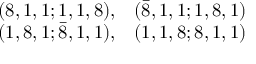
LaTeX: \begin{array} { r r } { { ( 8 , 1 , 1 ; 1 , 1 , 8 ) , } } & { { ( { \bar { 8 } } , 1 , 1 ; 1 , 8 , 1 ) } } \\ { { ( 1 , 8 , 1 ; { \bar { 8 } } , 1 , 1 ) , } } & { { ( 1 , 1 , 8 ; 8 , 1 , 1 ) } } \end{array}